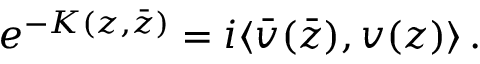
e ^ { - K ( z , \bar { z } ) } = i \langle \bar { v } ( \bar { z } ) , v ( z ) \rangle \, .